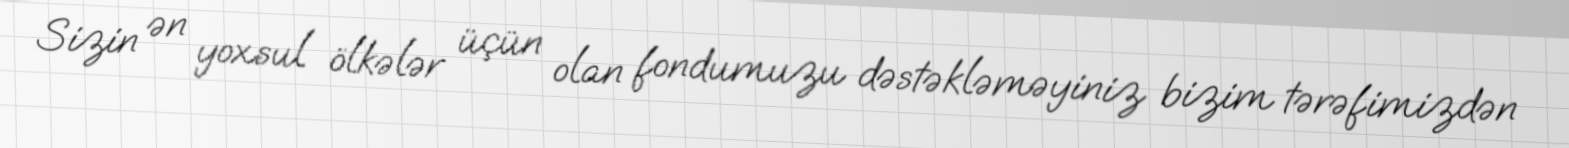
Sizin ən yoxsul ölkələr üçün olan fondumuzu dəstəkləməyiniz bizim tərəfimizdən